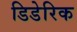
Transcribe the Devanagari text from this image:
डिडेरिक